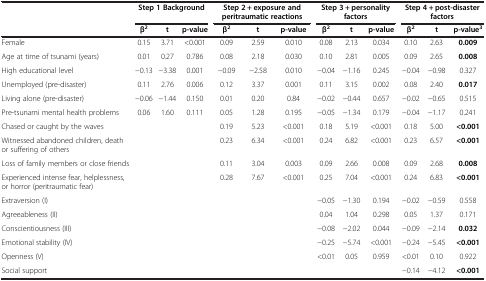
<table><thead><tr><td><b> </b></td><td colspan="3"><b>Step 1 Background</b></td><td colspan="3"><b>Step 2 + exposure and peritraumatic reactions</b></td><td colspan="3"><b>Step 3 + personality factors</b></td><td colspan="3"><b>Step 4 + post-disaster factors</b></td></tr><tr><td><b> </b></td><td><b>β<sup>2</sup></b></td><td><b>t</b></td><td><b>p-value</b></td><td><b>β<sup>2</sup></b></td><td><b>t</b></td><td><b>p-value</b></td><td><b>β<sup>2</sup></b></td><td><b>t</b></td><td><b>p-value</b></td><td><b>β<sup>2</sup></b></td><td><b>t</b></td><td><b>p-value<sup>3</sup></b></td></tr></thead><tbody><tr><td>Female</td><td>0.15</td><td>3.71</td><td>&lt;0.001</td><td>0.09</td><td>2.59</td><td>0.010</td><td>0.08</td><td>2.13</td><td>0.034</td><td>0.10</td><td>2.63</td><td><b>0.009</b></td></tr><tr><td>Age at time of tsunami (years)</td><td>0.01</td><td>0.27</td><td>0.786</td><td>0.08</td><td>2.18</td><td>0.030</td><td>0.10</td><td>2.81</td><td>0.005</td><td>0.09</td><td>2.65</td><td><b>0.008</b></td></tr><tr><td>High educational level</td><td>−0.13</td><td>−3.38</td><td>0.001</td><td>−0.09</td><td>−2.58</td><td>0.010</td><td>−0.04</td><td>−1.16</td><td>0.245</td><td>−0.04</td><td>−0.98</td><td>0.327</td></tr><tr><td>Unemployed (pre-disaster)</td><td>0.11</td><td>2.76</td><td>0.006</td><td>0.12</td><td>3.37</td><td>0.001</td><td>0.11</td><td>3.15</td><td>0.002</td><td>0.08</td><td>2.40</td><td><b>0.017</b></td></tr><tr><td>Living alone (pre-disaster)</td><td>−0.06</td><td>−1.44</td><td>0.150</td><td>0.01</td><td>0.20</td><td>0.84</td><td>−0.02</td><td>−0.44</td><td>0.657</td><td>−0.02</td><td>−0.65</td><td>0.515</td></tr><tr><td>Pre-tsunami mental health problems</td><td>0.06</td><td>1.60</td><td>0.111</td><td>0.05</td><td>1.28</td><td>0.195</td><td>−0.05</td><td>−1.34</td><td>0.179</td><td>−0.04</td><td>−1.17</td><td>0.241</td></tr><tr><td>Chased or caught by the waves</td><td colspan="3"> </td><td>0.19</td><td>5.23</td><td>&lt;0.001</td><td>0.18</td><td>5.19</td><td>&lt;0.001</td><td>0.18</td><td>5.00</td><td><b>&lt;0.001</b></td></tr><tr><td>Witnessed abandoned children, death or suffering of others</td><td colspan="3"> </td><td>0.23</td><td>6.34</td><td>&lt;0.001</td><td>0.24</td><td>6.82</td><td>&lt;0.001</td><td>0.23</td><td>6.57</td><td><b>&lt;0.001</b></td></tr><tr><td>Loss of family members or close friends</td><td colspan="3"> </td><td>0.11</td><td>3.04</td><td>0.003</td><td>0.09</td><td>2.66</td><td>0.008</td><td>0.09</td><td>2.68</td><td><b>0.008</b></td></tr><tr><td>Experienced intense fear, helplessness, or horror (peritraumatic fear)</td><td colspan="3"> </td><td>0.28</td><td>7.67</td><td>&lt;0.001</td><td>0.25</td><td>7.04</td><td>&lt;0.001</td><td>0.24</td><td>6.83</td><td><b>&lt;0.001</b></td></tr><tr><td>Extraversion (I)</td><td colspan="3"> </td><td> </td><td> </td><td> </td><td>−0.05</td><td>−1.30</td><td>0.194</td><td>−0.02</td><td>−0.59</td><td>0.558</td></tr><tr><td>Agreeableness (II)</td><td colspan="3"> </td><td> </td><td> </td><td> </td><td>0.04</td><td>1.04</td><td>0.298</td><td>0.05</td><td>1.37</td><td>0.171</td></tr><tr><td>Conscientiousness (III)</td><td colspan="3"> </td><td> </td><td> </td><td> </td><td>−0.08</td><td>−2.02</td><td>0.044</td><td>−0.09</td><td>−2.14</td><td><b>0.032</b></td></tr><tr><td>Emotional stability (IV)</td><td colspan="3"> </td><td> </td><td> </td><td> </td><td>−0.25</td><td>−5.74</td><td>&lt;0.001</td><td>−0.24</td><td>−5.45</td><td><b>&lt;0.001</b></td></tr><tr><td>Openness (V)</td><td colspan="3"> </td><td> </td><td> </td><td> </td><td>&lt;0.01</td><td>0.05</td><td>0.959</td><td>&lt;0.01</td><td>0.10</td><td>0.922</td></tr><tr><td>Social support</td><td colspan="3"> </td><td> </td><td> </td><td> </td><td> </td><td> </td><td> </td><td>−0.14</td><td>−4.12</td><td><b>&lt;0.001</b></td></tr></tbody></table>